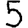
Digit: 5